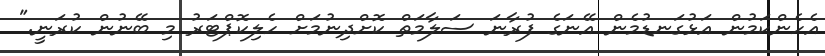
އެހެންކަމުން އަޅުގަނޑުމެން އޭނަގެ ފުރާނަ ސަލާމަތް ކޮށްދިނުމަށް ހެލިކޮޕްޓަރު މި ބޭނުން ކުރަނީ."